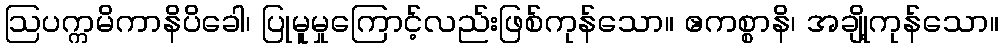
ဩပက္ကမိကာနိပိခေါ၊ ပြုမူမှုကြောင့်လည်းဖြစ်ကုန်သော။ ဧကစ္စာနိ၊ အချို့ကုန်သော။